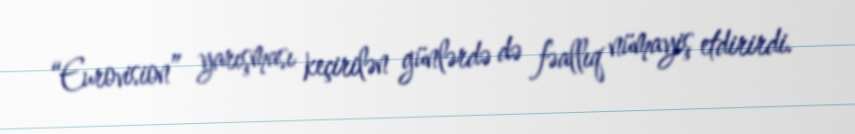
“Eurovision” yarışması keçirilən günlərdə də fəallıq nümayiş etdirirdi.